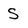
Character: s